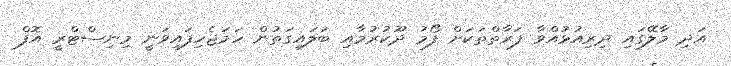
އަދި މާލޭގައި ދިރިއުޅުއްވާ ފަރާތްތަކަށް ފޯމު ދޫކުރުމާއި ބަލައިގަތުން ހަމަޖެހިފައިވަނީ މިނިސްޓްރީ އޮފް